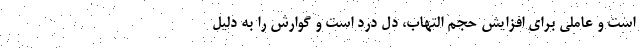
است و عاملی برای افزایش حجم التهاب، دل درد است و گوارش را به دلیل